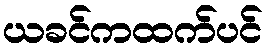
ယခင်ကထက်ပင်